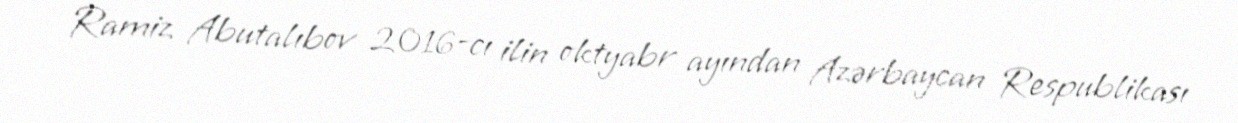
Ramiz Abutalıbov 2016-cı ilin oktyabr ayından Azərbaycan Respublikası